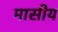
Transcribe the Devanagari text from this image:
मासीय